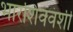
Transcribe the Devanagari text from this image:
भारशिववंशी